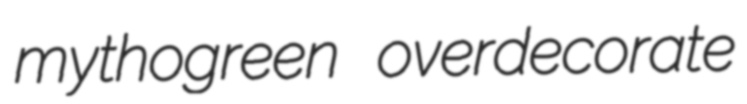
mythogreen overdecorate